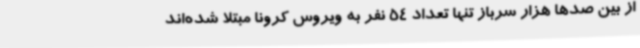
از بین صدها هزار سرباز تنها تعداد 54 نفر به ویروس کرونا مبتلا شده‌اند